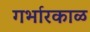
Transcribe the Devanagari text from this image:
गर्भारकाळ